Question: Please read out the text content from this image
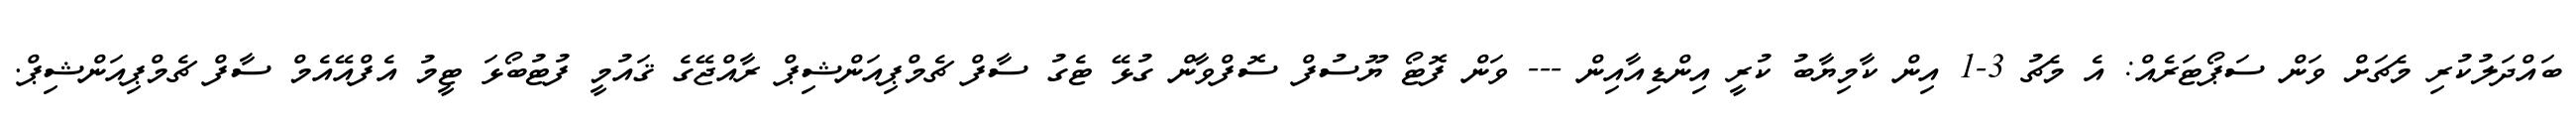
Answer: ބައްދަލުކުރި މެޗަށް ވަން ސަޕޯޓަރެއް: އެ މެޗު 3-1 އިން ކާމިޔާބު ކުރީ އިންޑިއާއިން --- ވަން ފޮޓޯ ޔޫސުފް ސޮފްވާން ގުޅޭ ޓެގު ސާފް ޗެމްޕިއަންޝިޕް ރާއްޖޭގެ ޤައުމީ ފުޓުބޯޅަ ޓީމު އެފްއޭއެމް ސާފް ޗެމްޕިއަންޝިޕް.